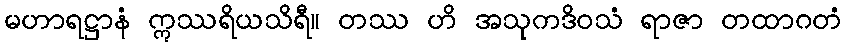
မဟာရဋ္ဌာနံ ဣဿရိယသိရီ။ တဿ ဟိ အသုကဒိဝသံ ရာဇာ တထာဂတံ